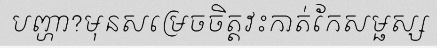
បញ្ហា?មុនសម្រេចចិត្តវះកាត់កែសម្ផស្ស